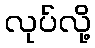
လုပ်လို့